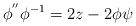
LaTeX: \begin{align*} \phi^{''} \phi^{-1}= 2 z-2 \phi \psi \end{align*}